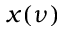
x ( \nu )